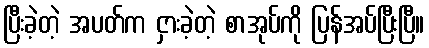
ပြီးခဲ့တဲ့ အပတ်က ငှားခဲ့တဲ့ စာအုပ်ကို ပြန်အပ်ပြီးပြီ။